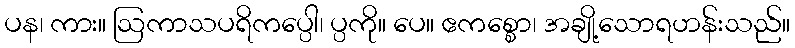
ပန၊ ကား။ ဩကာသပရိကပ္ပေါ၊ ပ္ပကို။ ပေ။ ဧကစ္စော၊ အချို့သောရဟန်းသည်။